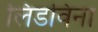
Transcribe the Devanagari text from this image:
लिडविना